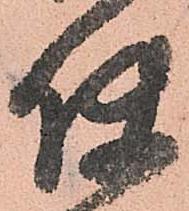
使